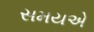
સમયએ